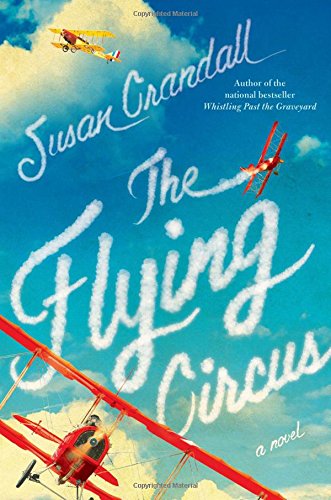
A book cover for The Flying Circus; Susan Crandall; Romance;